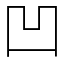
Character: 凹